Vaccine operations Central Provinces 1900-1911 - 1900-1911
Year: 1900
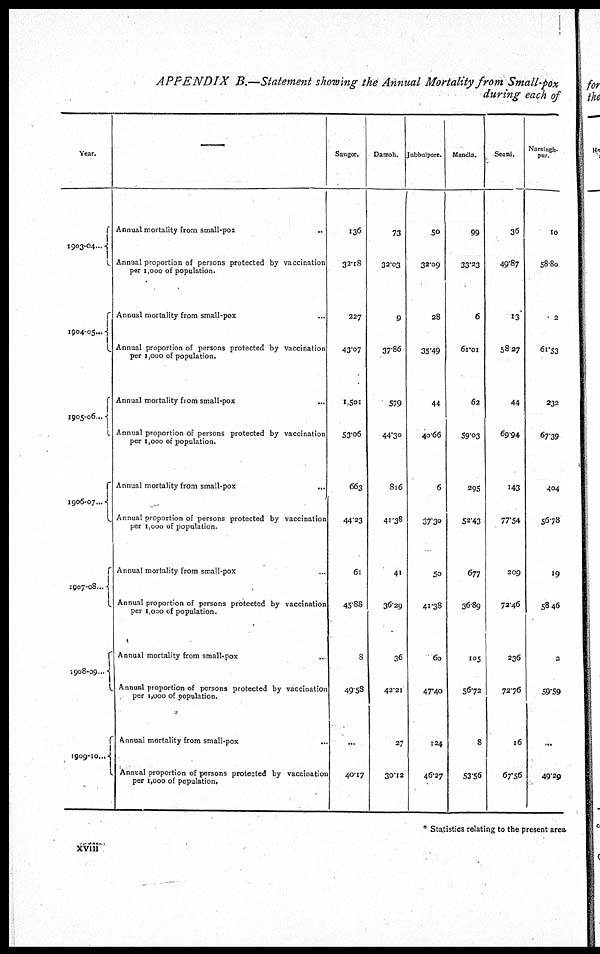
APPENDIX
B.—Statement showing the Annual Mortality from Small-pox
during each of
Year.
1903-04...
1904-05...
1905-06...
1906-07...
1907-08...
1908-09...
1909-10...
—
Annual mortality from small-pox
..
Annual proportion of persons protected by vaccination
per 1,000 of population.
Annual mortality from small-pox ...
Annual proportion of persons protected by vaccination
per 1,000 of population.
Annual mortality from small-pox
...
Annual proportion of persons protected by vaccination
per 1,000 of population.
Annual mortality from small-pox
...
Annual proportion of persons protected by vaccination
per 1,000 of population.
Annual mortality from small-pox ... ...
Annual proportion of persons protected by vaccination
per 1,000 of population.
Annual mortality from small-pox ...
Annual proportion of persons protected by vaccination
per 1,000 of population.
Annual mortality from small-pox ...
Annual proportion of persons protected by vaccination
per 1,000 of population.
Saugor.
136
32.18
227
43.07
1,501
53.06
663
44.23
61
45.88
8
49.58
...
40.17
Damoh.
73
32.03
9
37.86
579
44.30
816
41.38
41
36.29
36
42.21
27
30.12
Jubbulpore.
50
32.09
28
35.49
44
40.66
6
37.30
50
41.38
60
47.40
124
46.27
Mandla.
99
33.23
6
61.01
62
59.03
295
52.43
677
36.89
105
56.72
8
53.56
Seoni.
36
49.87
13
58.27
44
69.94
143
77.54
209
72.46
236
72.76
16
67.56
Narsingh¬
pur.
10
58.80
2
61.53
232
67.39
404
56.78
19
58.46
2
59.59
...
49.29
* Statistics relating to the present area.
xviii